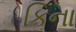
કિના